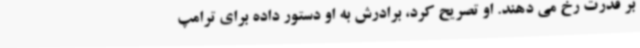
بر قدرت رخ می دهند. او تصریح کرد، برادرش به او دستور داده برای ترامپ